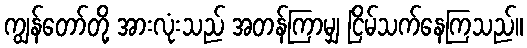
ကျွန်တော်တို့ အားလုံးသည် အတန်ကြာမျှ ငြိမ်သက်နေကြသည်။